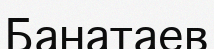
Банатаев